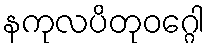
နကုလပိတုဝဂ္ဂေါ